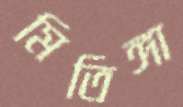
মিতিঙ্গা